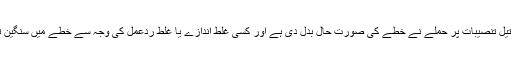
انہوں نے کہا سعودی تیل تنصیبات پر حملے نے خطے کی صورت حال بدل دی ہے اور کسی غلط اندازے یا غلط ردعمل کی وجہ سے خطے میں سنگین تنازعے کا خطرہ ہے۔